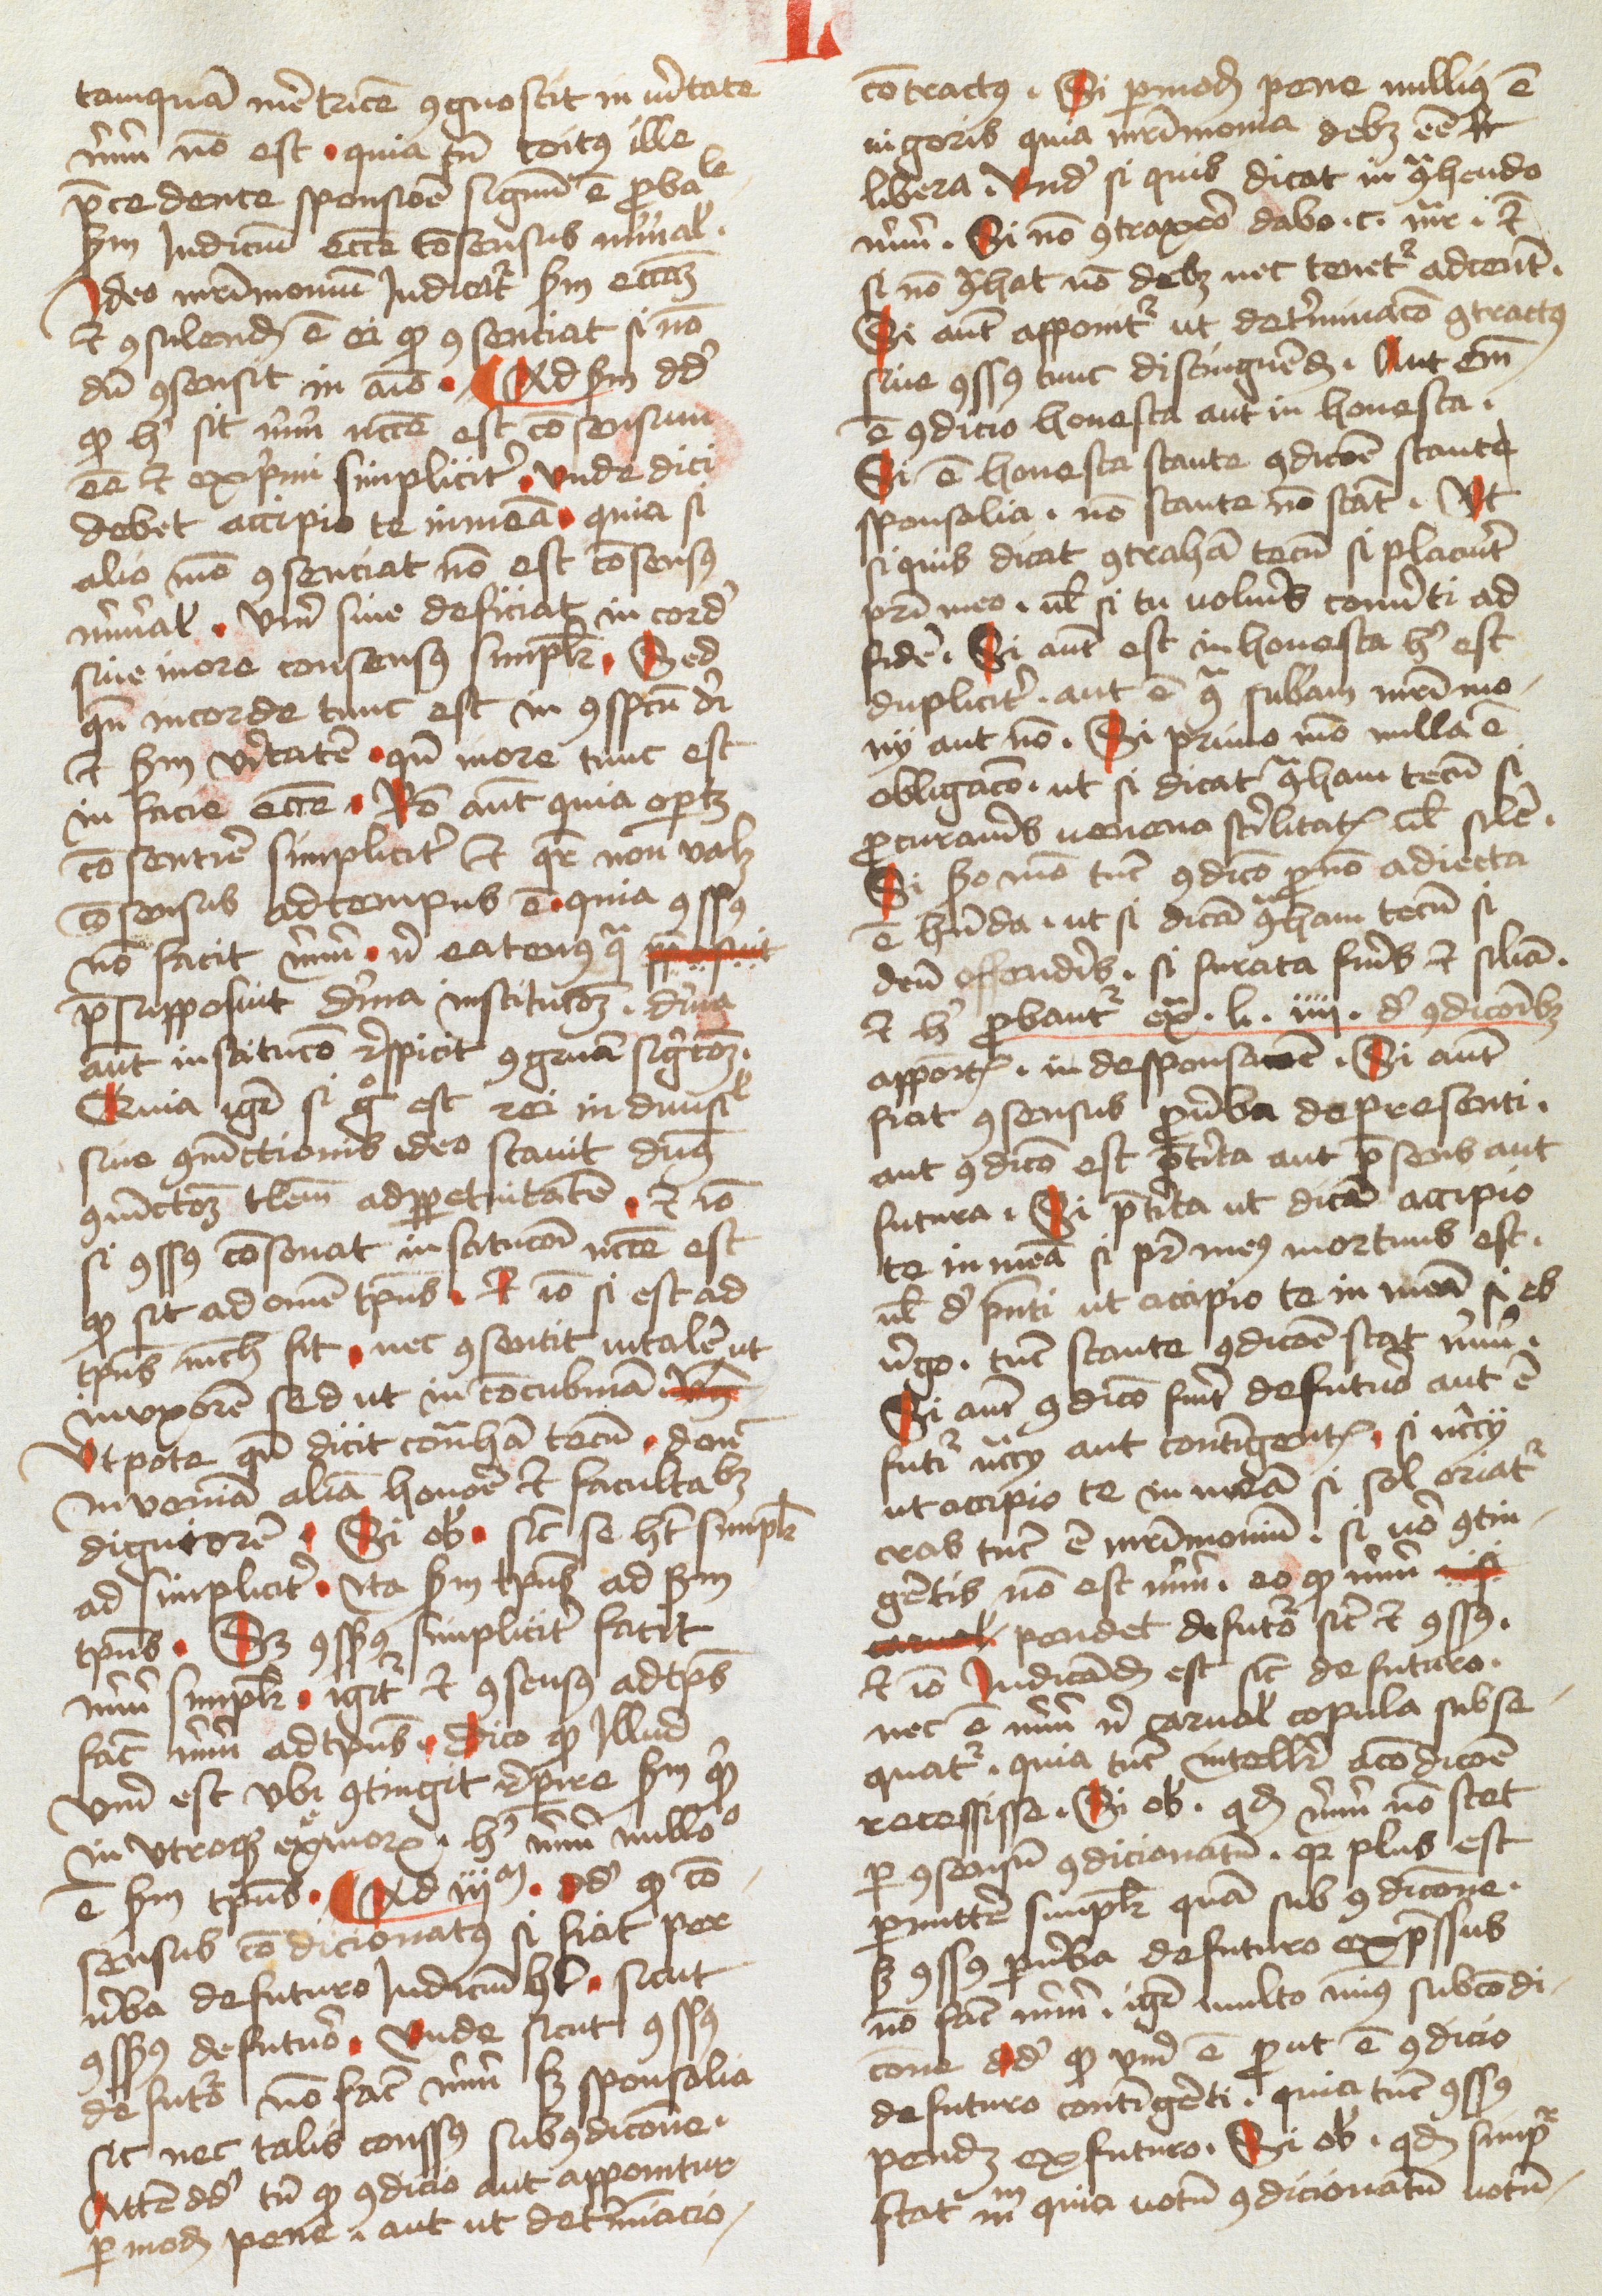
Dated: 1478–1478